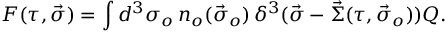
{ \cal F } ( \tau , \vec { \sigma } ) = \int d ^ { 3 } \sigma _ { o } \, n _ { o } ( \vec { \sigma } _ { o } ) \, \delta ^ { 3 } ( \vec { \sigma } - \vec { \Sigma } ( \tau , \vec { \sigma } _ { o } ) ) Q .